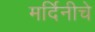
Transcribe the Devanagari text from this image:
मर्दिनीचे